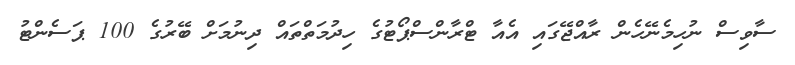
ސާވިސް ނުހިމެނޭހެން ރާއްޖޭގައި އެއާ ޓްރާންސްޕޯޓުގެ ހިދުމަތްތައް ދިނުމަށް ބޭރުގެ 100 ޕަސެންޓު